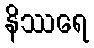
နိဿရေ